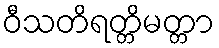
ဝီသတိရတ္တိမတ္တာ